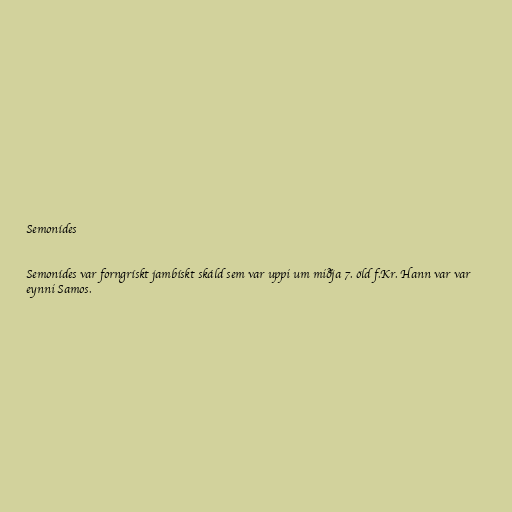
Semonídes

Semonídes var forngrískt jambískt skáld sem var uppi um miðja 7. öld f.Kr. Hann var var
eynni Samos.